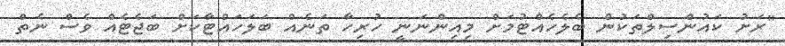
"ރަށު ކައުންސިލްތަކުން ބެލެހެއްޓުމަށް މިއިންނަނީ ހުރިހާ ތަނެއް ބަލަހައްޓާކަށް ބަޖެޓެއް ވެސް ނެތް